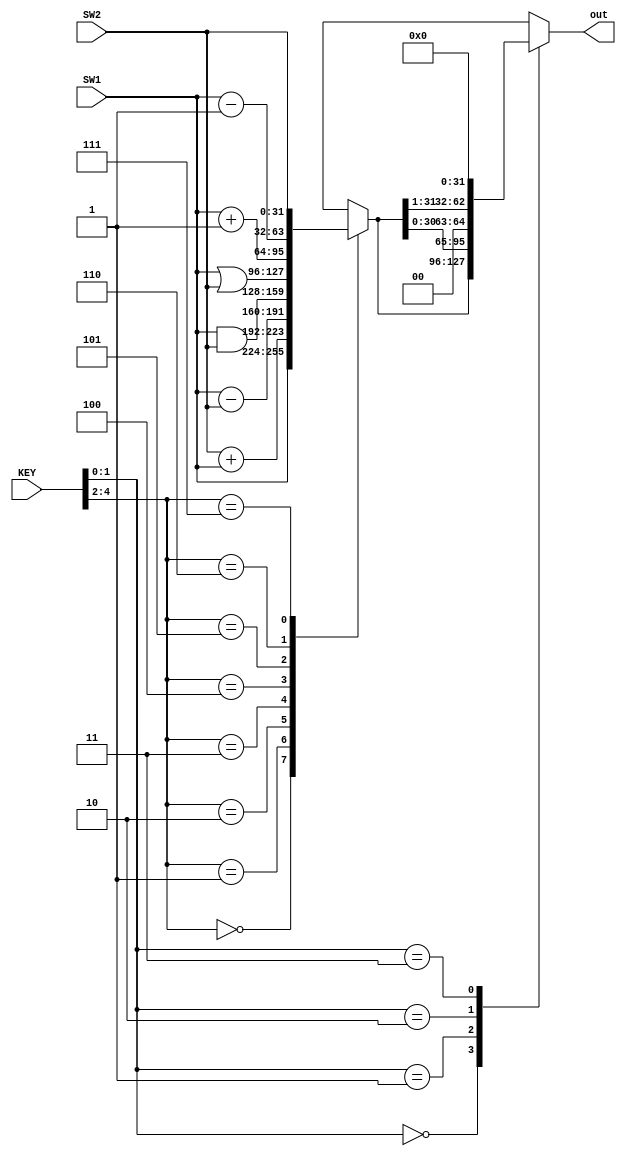
module ULA32b(SW1, SW2, KEY, out);

    input [31:0]SW1;
    input [31:0]SW2;
    input [4:0]KEY;
    output reg [31:0]out;

    reg [31:0]outi;


always@(*)
    case(KEY[4:2])
        //PASS OUT
        3'b000: outi = SW1;             //A
        3'b001: outi = SW2 + SW1;       //A+B
        3'b010: outi = SW1 - SW2;       //A-B
        3'b011: outi = SW1 & SW2;       //A&B
        3'b100: outi = SW1 | SW2;       //AORB
        3'b101: outi = SW1 + 1;         //A+1
        3'b110: outi = SW1 -1;          //A-1
        3'b111: outi = SW2;             //B
    endcase

always@(*)
    case(KEY[1:0])
        2'b00: out = outi;              //out
        2'b01: out = outi << 1;         //shift left
        2'b10: out = outi >> 1;         //shift right
        2'b11: out = 0;                 //0
    endcase

endmodule